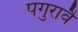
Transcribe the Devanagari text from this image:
पगुरावै